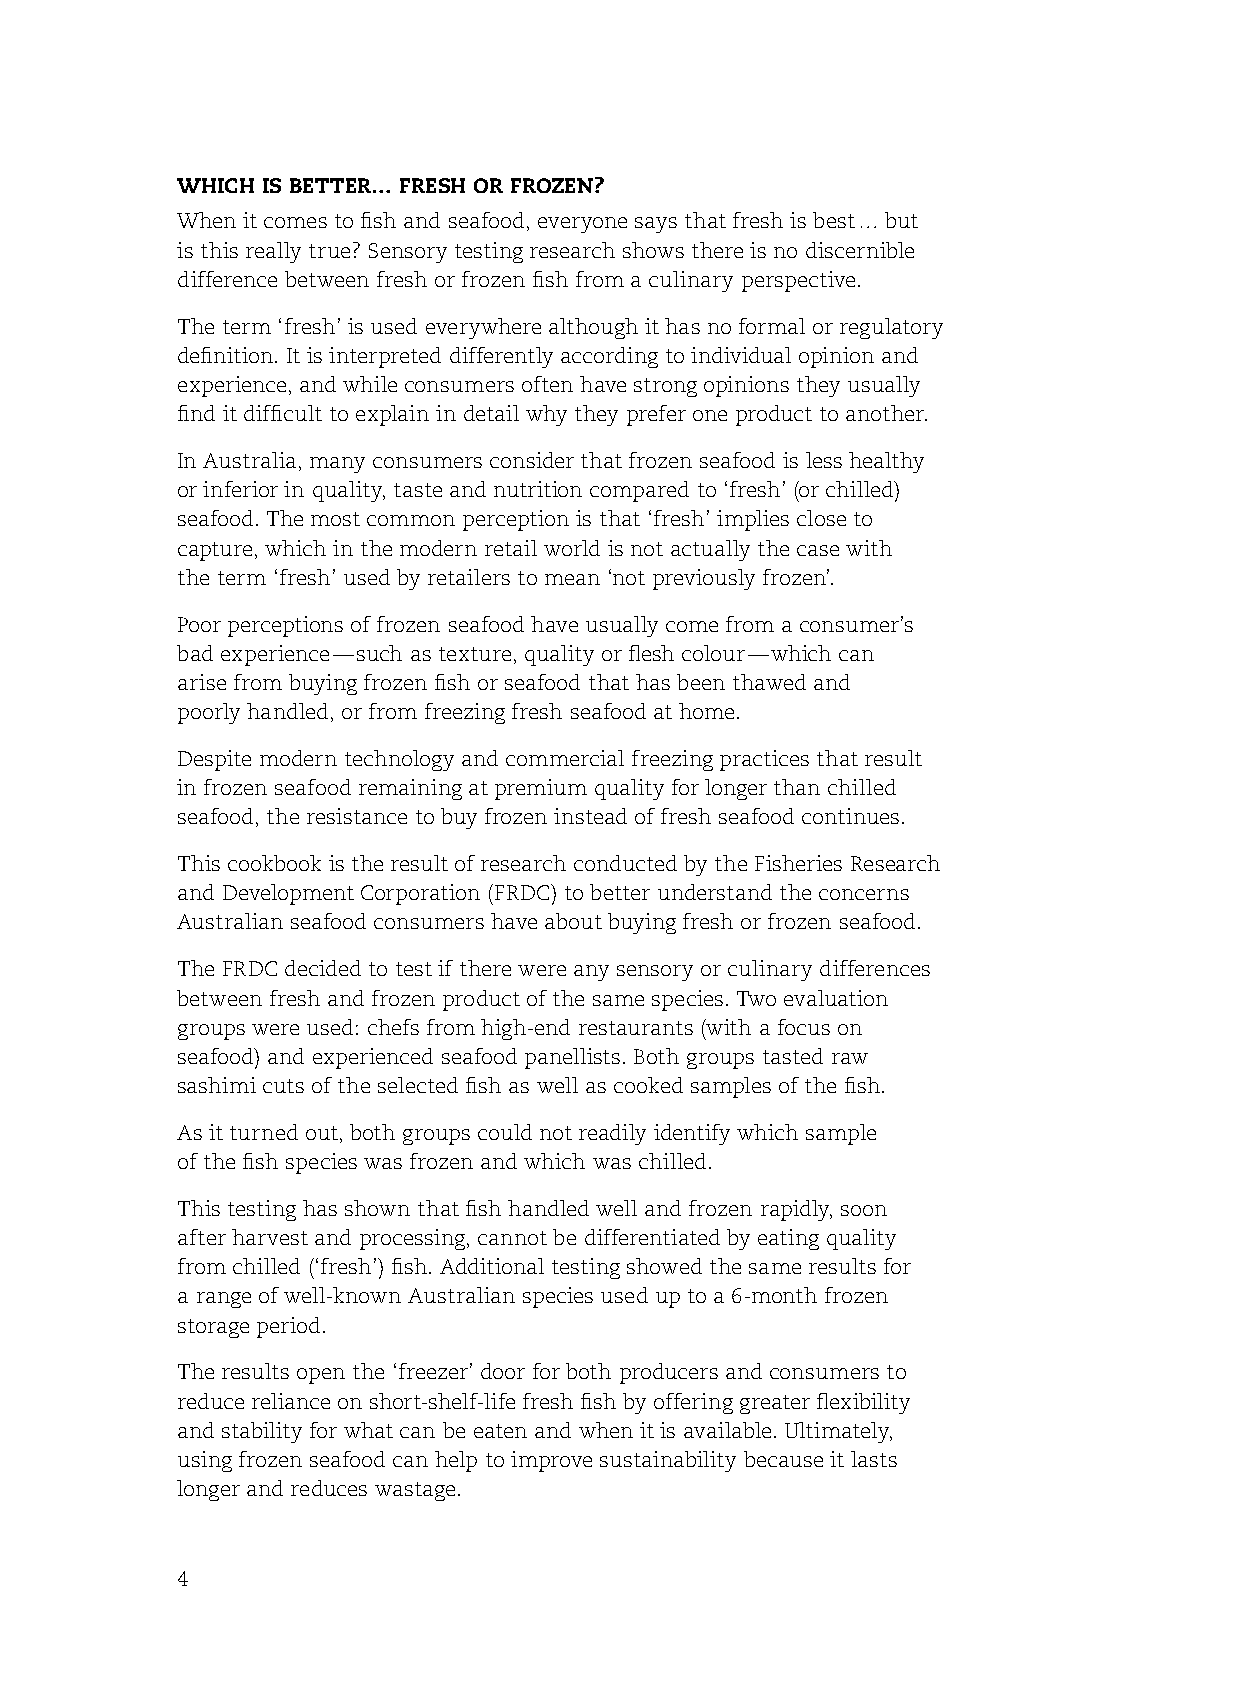
which is better… Fresh or Frozen?
 When it comes to fish and seafood, everyone says that fresh is best … but
 is this really true? sensory testing research shows there is no discernible
 difference between fresh or frozen fish from a culinary perspective.
 The term ‘fresh’ is used everywhere although it has no formal or regulatory
 definition. It is interpreted differently according to individual opinion and
 experience, and while consumers often have strong opinions they usually
 find it difficult to explain in detail why they prefer one product to another.
 In Australia, many consumers consider that frozen seafood is less healthy
 or inferior in quality, taste and nutrition compared to ‘fresh’ (or chilled)
 seafood. The most common perception is that ‘fresh’ implies close to
 capture, which in the modern retail world is not actually the case with
 the term ‘fresh’ used by retailers to mean ‘not previously frozen’.
 Poor perceptions of frozen seafood have usually come from a consumer’s
 bad experience — such as texture, quality or flesh colour — which can
 arise from buying frozen fish or seafood that has been thawed and
 poorly handled, or from freezing fresh seafood at home.
 Despite modern technology and commercial freezing practices that result
 in frozen seafood remaining at premium quality for longer than chilled
 seafood, the resistance to buy frozen instead of fresh seafood continues.
 This cookbook is the result of research conducted by the fisheries research
 and Development Corporation (frDC) to better understand the concerns
 Australian seafood consumers have about buying fresh or frozen seafood.
 The frDC decided to test if there were any sensory or culinary differences
 between fresh and frozen product of the same species. Two evaluation
 groups were used: chefs from high-end restaurants (with a focus on
 seafood) and experienced seafood panellists. Both groups tasted raw
 sashimi cuts of the selected fish as well as cooked samples of the fish.
 As it turned out, both groups could not readily identify which sample
 of the fish species was frozen and which was chilled.
 This testing has shown that fish handled well and frozen rapidly, soon
 after harvest and processing, cannot be differentiated by eating quality
 from chilled (‘fresh’) fish. Additional testing showed the same results for
 a range of well-known Australian species used up to a 6-month frozen
 storage period.
 The results open the ‘freezer’ door for both producers and consumers to
 reduce reliance on short-shelf-life fresh fish by offering greater flexibility
 and stability for what can be eaten and when it is available. Ultimately,
 using frozen seafood can help to improve sustainability because it lasts
 longer and reduces wastage.
 4